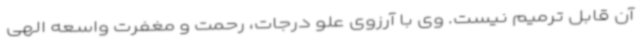
آن قابل ترمیم نیست. وی با آرزوی علو درجات، رحمت و مغفرت واسعه الهی